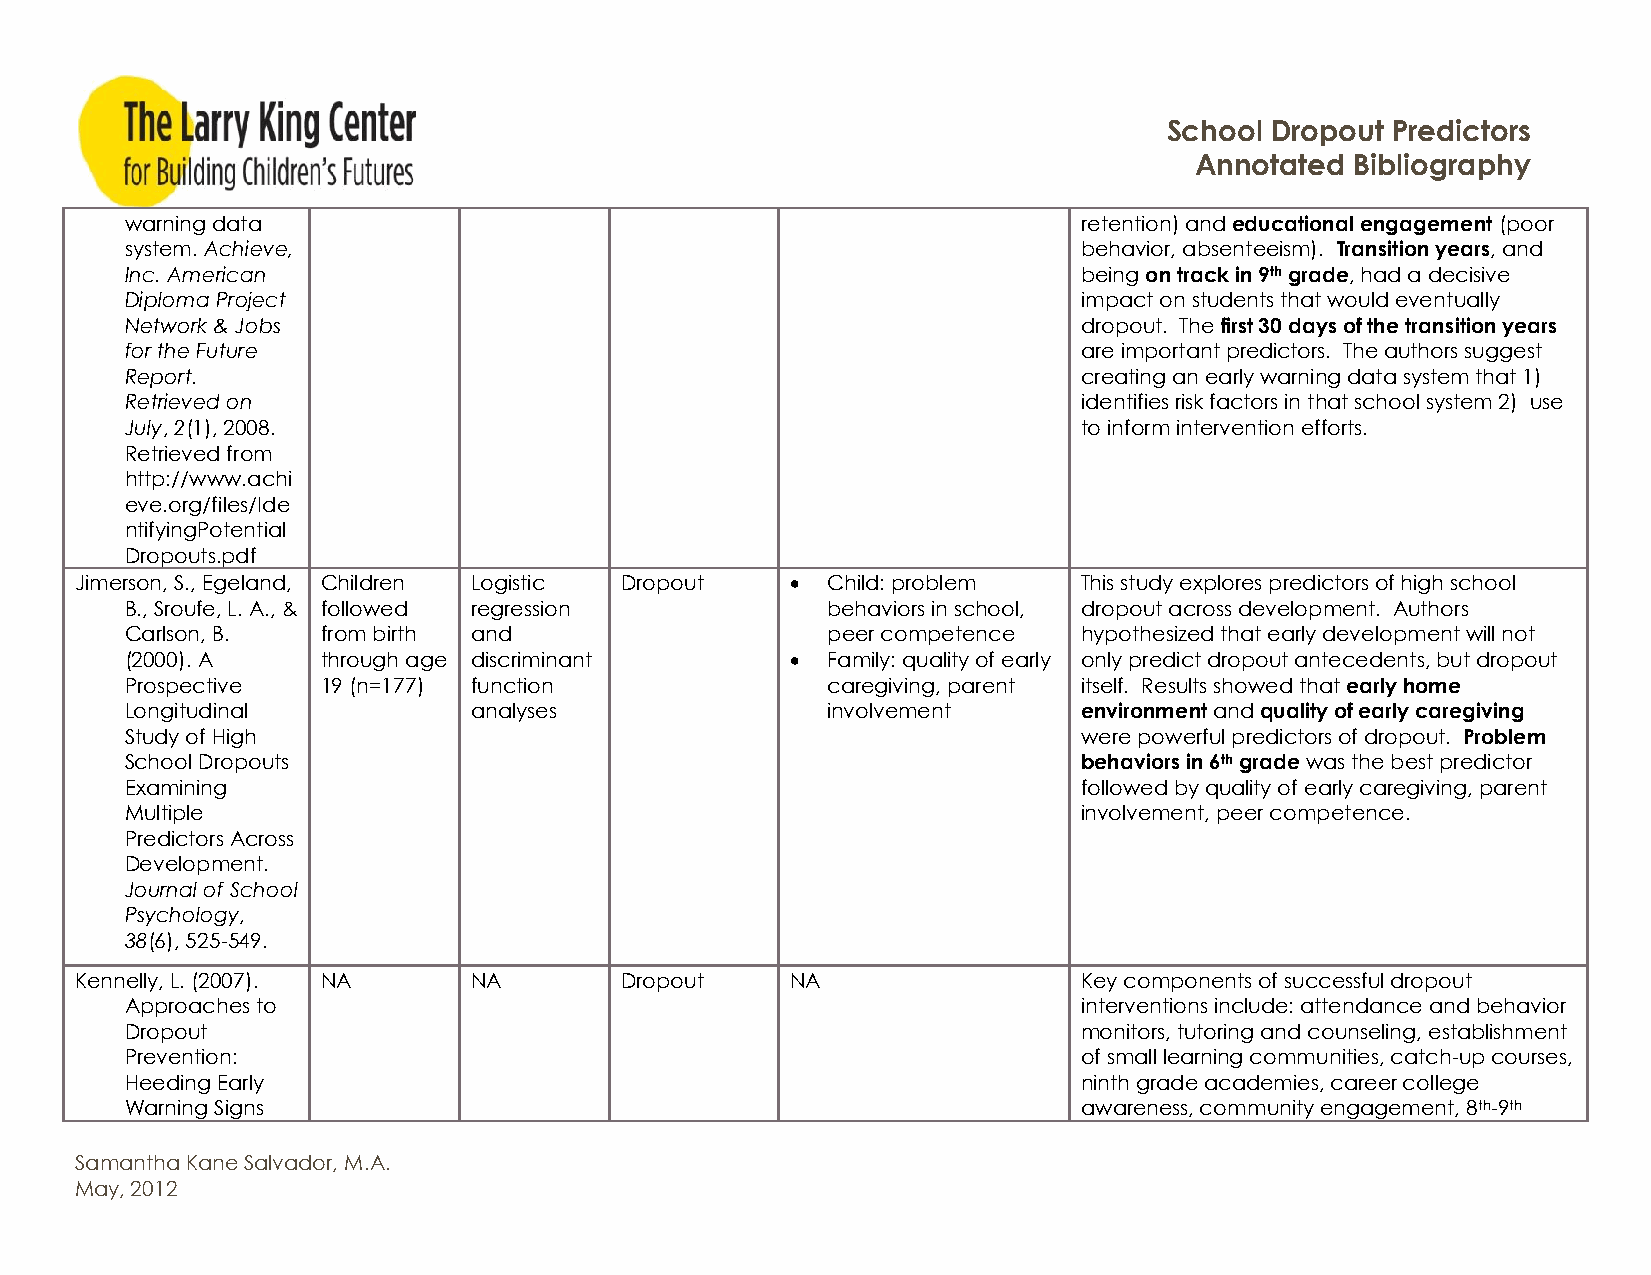
School Dropout Predictors
 Annotated  Bibliography
 warning data                                                    retention) and educational engagement (poor
 system. Achieve,                                                behavior, absenteeism). Transition years, and
 Inc. American                                                   being on track in 9th grade, had a decisive
 Diploma Project                                                 impact on students that would eventually
 Network & Jobs                                                  dropout. The first 30 days of the transition years
 for the Future                                                  are important predictors. The authors suggest
 Report.                                                         creating an early warning data system that 1)
 Retrieved on                                                    identifies risk factors in that school system 2) use
 July, 2(1), 2008.                                               to inform intervention efforts.
 Retrieved from
 http://www.achi
 eve.org/files/Ide
 ntifyingPotential
 Dropouts.pdf
 Jimerson, S., Egeland, Children Logistic Dropout  Child: problem  This study explores predictors of high school
 B., Sroufe, L. A., & followed regression       behaviors in school, dropout across development. Authors
 Carlson, B.  from birth and                    peer competence  hypothesized that early development will not
 (2000). A    through age discriminant         Family: quality of early only predict dropout antecedents, but dropout
 Prospective  19 (n=177) function               caregiving, parent itself. Results showed that early home
 Longitudinal           analyses                involvement      environment and quality of early caregiving
 Study of High                                                   were powerful predictors of dropout. Problem
 School Dropouts                                                 behaviors in 6th grade was the best predictor
 Examining                                                       followed by quality of early caregiving, parent
 Multiple                                                        involvement, peer competence.
 Predictors Across
 Development.
 Journal of School
 Psychology,
 38(6), 525-549.
 Kennelly, L. (2007). NA   NA        Dropout    NA                  Key components of successful dropout
 Approaches to                                                   interventions include: attendance and behavior
 Dropout                                                         monitors, tutoring and counseling, establishment
 Prevention:                                                     of small learning communities, catch-up courses,
 Heeding Early                                                   ninth grade academies, career college
 Warning Signs                                                   awareness, community engagement, 8th-9th
 Samantha Kane Salvador, M.A.
 May, 2012